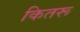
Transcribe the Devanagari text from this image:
कितरू